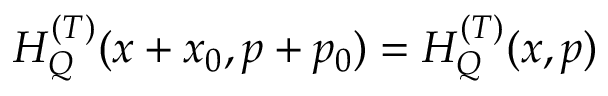
H _ { Q } ^ { ( T ) } ( x + x _ { 0 } , p + p _ { 0 } ) = H _ { Q } ^ { ( T ) } ( x , p )